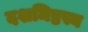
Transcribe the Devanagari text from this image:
दशमिष्ठस्य